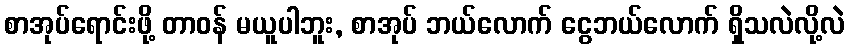
စာအုပ်ရောင်းဖို့ တာဝန် မယူပါဘူး, စာအုပ် ဘယ်လောက် ငွေဘယ်လောက် ရှိသလဲလို့လဲ